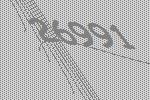
26991